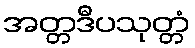
အတ္တဒီပသုတ္တံ